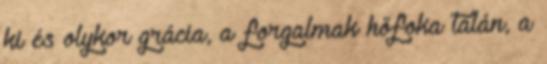
ki és olykor grácia, a forgalmak hőfoka talán, a